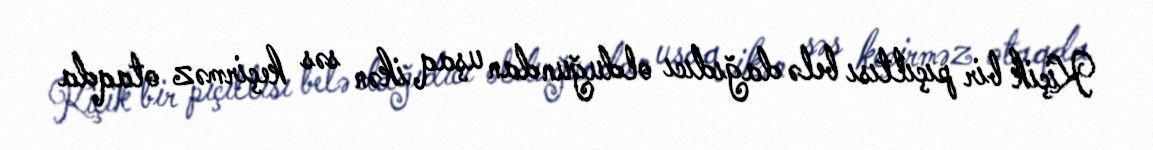
Kiçik bir pıçıltısı belə dağıdıcı olduğundan uşaq ikən səs keçirməz otaqda